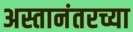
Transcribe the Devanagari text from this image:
अस्तानंतरच्या